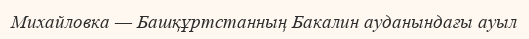
Михайловка — Башқұртстанның Бакалин ауданындағы ауыл